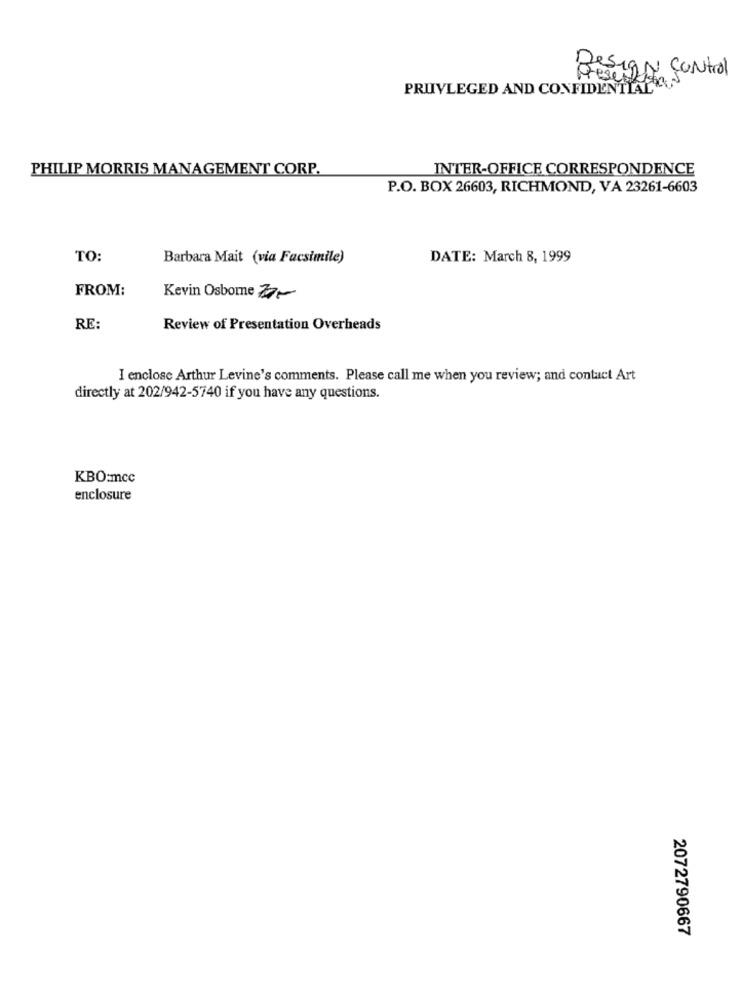
SIGN Control
Presente
PRUVLEGED AND CONFIDENTIAL
PHILIP MORRIS MANAGEMENT CORP.
INTER-OFFICE CORRESPONDENCE
P.O. BOX 26603, RICHMOND, VA 23261-6603
TO:
Barbara Mait (via Facsimile)
DATE: March 8, 1999
FROM:
Kevin Osborne 77-
RE:
Review of Presentation Overheads
I enclose Arthur Levine's comments. Please call me when you review; and contact Art
directly at 202/942-5740 if you have any questions.
KBO:mcc
enclosure
2072790667